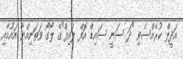
އަދީލް ކުރެއްސެވި "ދަ ސަނީ ސައިޑް އޮފް ލައިފް"ގެ ލޯގޯ ވަތަނިއްޔާ އައުމާއި